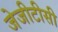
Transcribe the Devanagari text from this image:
जेजीटीसी